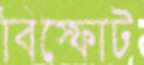
বিস্ফোট